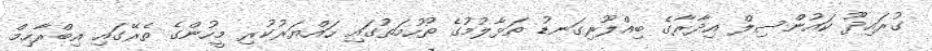
ގުރައިދޫ ކައުންސިލް އިދާރާގެ ބިއްލޫރިގަނޑު ތަޅާލުމުގެ ތުހުމަތުގައި ހައްޔަރުކުރި މީހުންގެ ތެރޭގައި އިބްރާހިމް